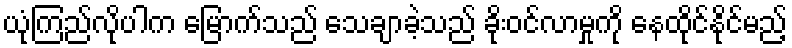
ယုံကြည်လိုပါက မြောက်သည် သေချာခဲ့သည် ခိုးဝင်လာမှုကို နေထိုင်နိုင်မည့်